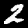
Digit: 2